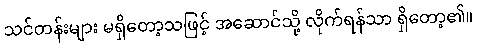
သင်တန်းများ မရှိတော့သဖြင့် အဆောင်သို့ လိုက်ရန်သာ ရှိတော့၏။